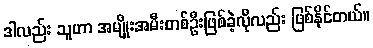
ဒါလည်း သူဟာ အမျိုးအမီးတစ်ဦးဖြစ်ခဲ့လိုလည်း ဖြစ်နိုင်တယ်။